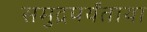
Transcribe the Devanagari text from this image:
समुद्रपर्यंताया